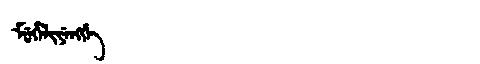
Manchu: ᠮᡠᡥᡝᠯᡳᠶᡝᠩᡤᡝ
Romanization: MUHELIYENGGE